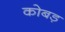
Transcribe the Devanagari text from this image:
कोबड़